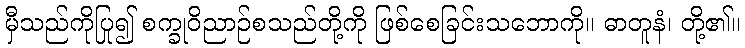
မှီသည်ကိုပြု၍ စက္ခုဝိညာဉ်စသည်တို့ကို ဖြစ်စေခြင်းသဘောကို။ ဓာတူနံ၊ တို့၏။